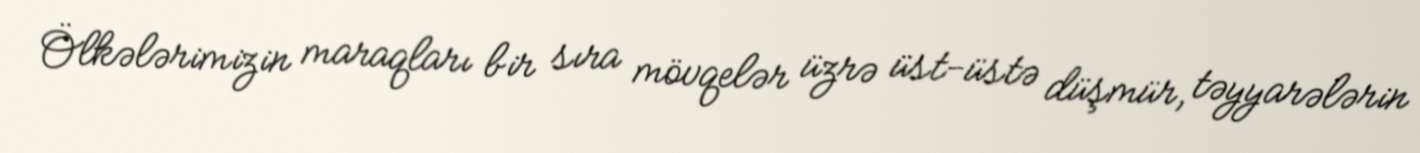
Ölkələrimizin maraqları bir sıra mövqelər üzrə üst-üstə düşmür, təyyarələrin